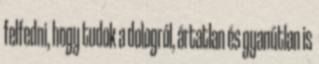
felfedni, hogy tudok a dologról, ártatlan és gyanútlan is